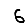
Digit: 6